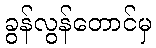
ခွန်လွန်တောင်မှ